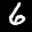
Label: 6